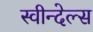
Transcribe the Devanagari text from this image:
स्वीन्देल्स